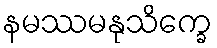
နမဿမနုသိက္ခေ